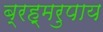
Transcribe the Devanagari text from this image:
ब्रह्मरुपाय